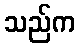
သည်က